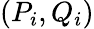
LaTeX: (P_{i},Q_{i})